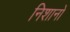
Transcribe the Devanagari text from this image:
निशानो